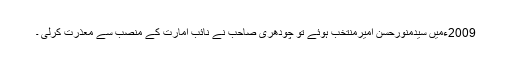
2009ءمیں سیدمنورحسن امیرمنتخب ہوئے تو چودھری صاحب نے نائب امارت کے منصب سے معذرت کرلی ۔